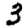
Digit: 3